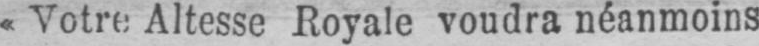
«Votre Altesse Royale voudra néanmoins